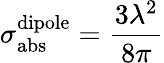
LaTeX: \sigma_{\mathrm{abs}}^{\mathrm{dipole}}=\frac{3\lambda^{2}}{8\pi}